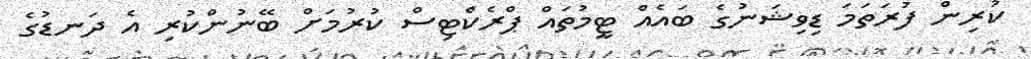
ކުރިން ފުރަތަމަ ޑިވިޝަނުގެ ބައެއް ޓީމުތައް ޕްރެކްޓިސް ކުރުމަށް ބޭނުންކުރި އެ ދަނޑުގެ